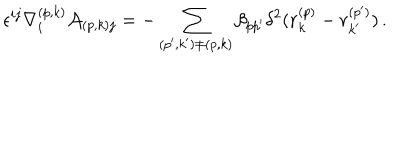
LaTeX: \epsilon ^ { i j } \nabla _ { i } ^ { ( p , k ) } { \cal A } _ { ( p , k ) j } = - \sum _ { ( p ^ { \prime } , k ^ { \prime } ) \neq ( p , k ) } \beta _ { p p ^ { \prime } } \delta ^ { 2 } ( { \bf r } _ { k } ^ { ( p ) } - { \bf r } _ { k ^ { \prime } } ^ { ( p ^ { \prime } ) } ) \, .